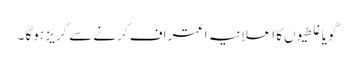
گویا غلطیوں کا اعلانیہ اعتراف کرنے سے گریز ہوگا ۔